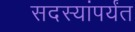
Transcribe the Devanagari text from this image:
सदस्यांपर्यंत